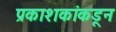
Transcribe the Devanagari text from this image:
प्रकाशकांकडून